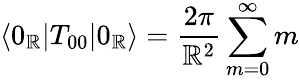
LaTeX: \langle0_{\mathbb{R}}|T_{00}|0_{\mathbb{R}}\rangle={\frac{{2\pi}}{{\mathbb{R}^{2}}}}\sum_{m=0}^{\infty}m